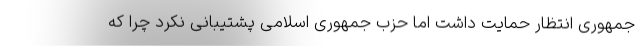
جمهوری انتظار حمایت داشت اما حزب جمهوری اسلامی پشتیبانی نکرد چرا که